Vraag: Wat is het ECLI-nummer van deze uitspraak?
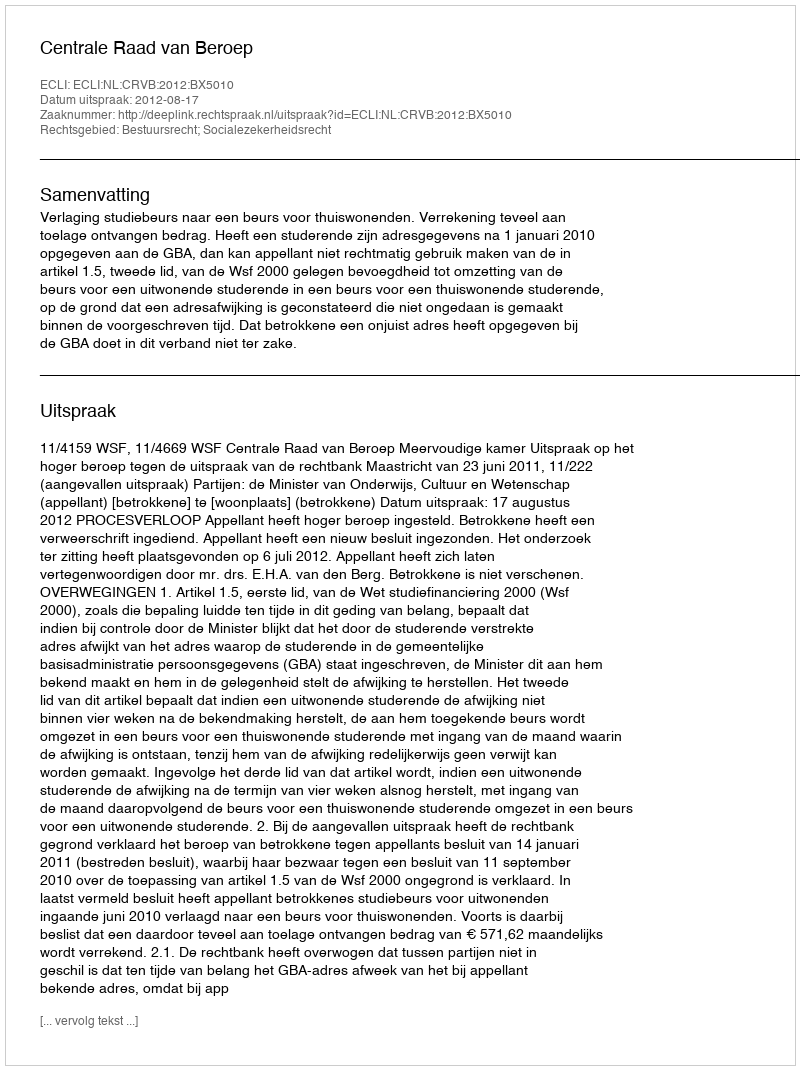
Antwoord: ECLI:NL:CRVB:2012:BX5010